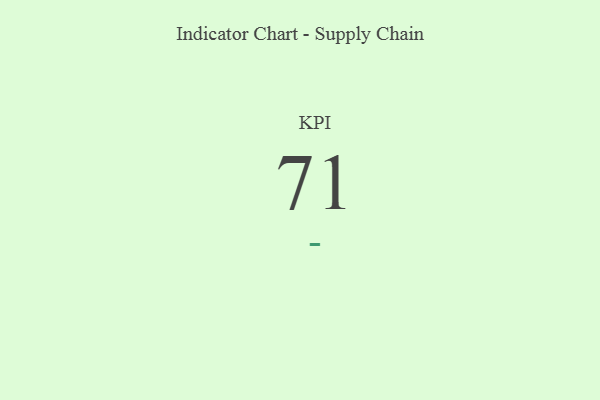
{"axis": {"x": "KPI", "y": "Value"}, "legend": [""], "data": [{"x": "KPI", "y": 71, "type": ""}]}